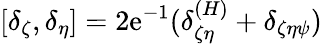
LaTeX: [\delta_{\zeta},\delta_{\eta}]=2\mathrm{e}^{-1}(\delta_{\zeta\eta}^{(H)}+\delta_{\zeta\eta\psi})